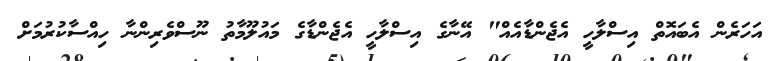
އަހަރެން އެބައޮތް އިސްލާހީ އެޖެންޑާއެއް" އޭނާގެ އިސްލާހީ އެޖެންޑާގެ މައުލޫމާތު ނޫސްވެރިންނާ ހިއްސާކުރުމަށް